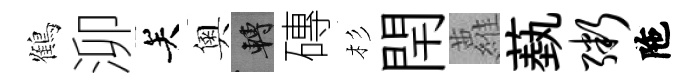
鶴泖关奧轉磚杉閈蘿蓺粥陁